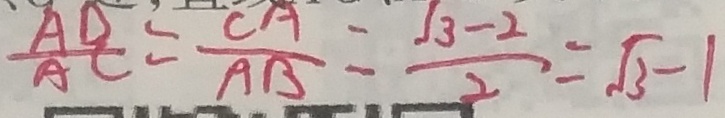
\frac { A D } { A C } = \frac { C A } { A B } = \frac { \sqrt { 3 } - 2 } { 2 } = \sqrt { 3 } - 1